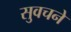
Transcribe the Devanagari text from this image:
सुवचने